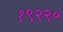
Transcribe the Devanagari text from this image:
१९२२०